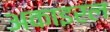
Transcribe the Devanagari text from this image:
अकाइरल